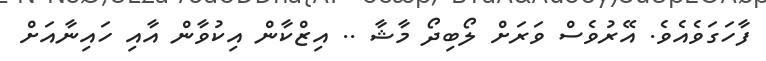
ފާހަގަވެއެވެ. އޭރުވެސް ވަރަށް ލޯބިދޯ މާޝާ .. އިޒްކާން އިކުވާން އާއި ހައިނާއަށް